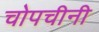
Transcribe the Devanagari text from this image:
चोपचीनी